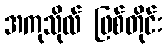
အကုသိုလ် ဖြစ်တိုင်း